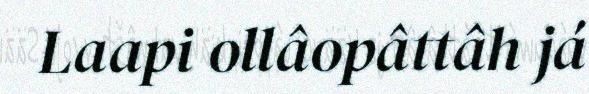
Laapi ollâopâttâh já